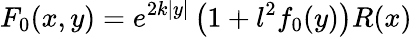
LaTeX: F_{0}(x,y)=e^{2k|y|}\left(1+l^{2}f_{0}(y)\right)R(x)